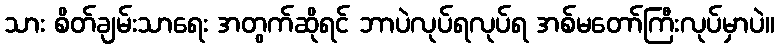
သား စိတ်ချမ်းသာရေး အတွက်ဆိုရင် ဘာပဲလုပ်ရလုပ်ရ အစ်မတော်ကြီးလုပ်မှာပဲ။